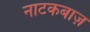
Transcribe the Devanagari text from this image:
नाटकबाज़